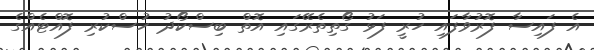
އެ ފައިސާ ފޮރުވާފައި ހުރީ ފަޅު ގޯތިތެރޭގައި އޮތް ބިސްކޯދު ހުސްކުރި ފޮއްޓެއްގެ